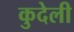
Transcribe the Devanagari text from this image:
कुदेली